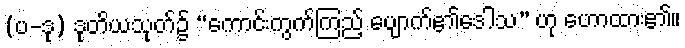
(ပ-ဒု) ဒုတိယသုတ်၌ “ကောင်းကွက်ကြည့် ပျောက်၏ဒေါသ” ဟု ဟောထား၏။